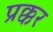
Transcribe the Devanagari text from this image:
प्रक्कर